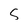
Character: S